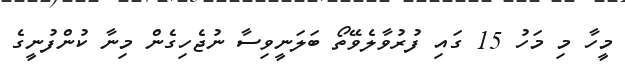
މީހާ މި މަހު 15 ގައި ފުރުވާލެވޭތޯ ބަލަނީވިސާ ނުޖެހިގެން މިނާ ކުންފުނީގެ